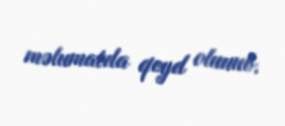
məlumatda qeyd olunub.